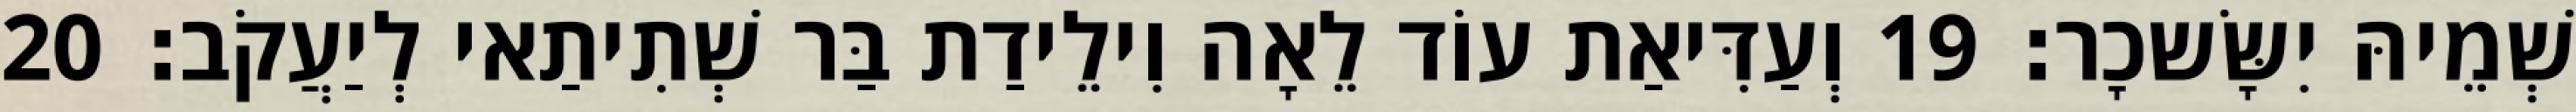
שְׁמֵיהּ יִשָּׂשכָר׃ 19 וְעַדִּיאַת עוֹד לֵאָה וִילֵידַת בַּר שְׁתִיתַאי לְיַעֲקֹב׃ 20